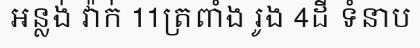
អន្លង់ វ៉ាក់ 11ត្រពាំង រូង 4ដី ទំនាប